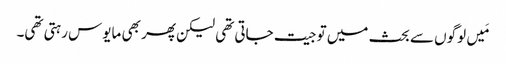
‏ مَیں لوگوں سے بحث میں تو جیت جاتی تھی لیکن پھر بھی مایوس رہتی تھی۔